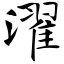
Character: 濯